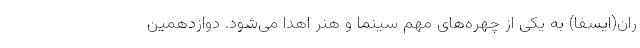
ران(ایسفا) به یکی از چهره‌های مهم سینما و هنر اهدا می‌شود. دوازدهمین